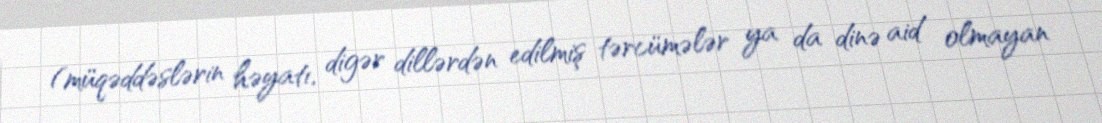
(müqəddəslərin həyatı, digər dillərdən edilmiş tərcümələr ya da dinə aid olmayan